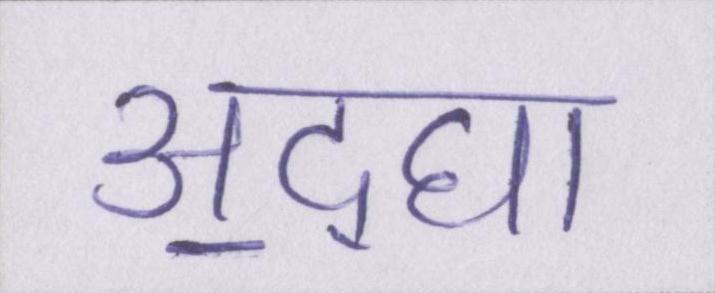
अ॒द्घा